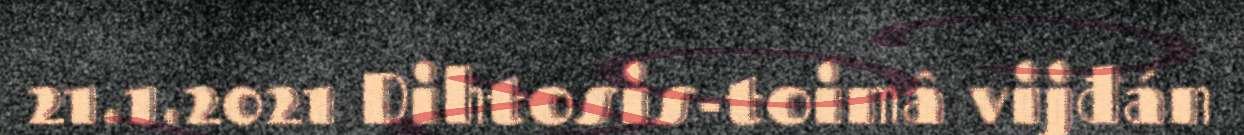
21.1.2021 Dihtosis-toimâ vijđán